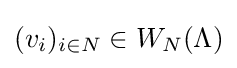
(v_{i})_{i\in N}\in W_{N}(\Lambda )